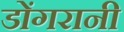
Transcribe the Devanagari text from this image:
डोंगरानी